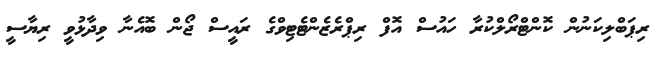
ރިޕަބްލިކަނުން ކޮންޓްރޯލްކުރާ ހައުސް އޮފް ރިޕްރެޒެންޓެޓިވްގެ ރައީސް ޖޯން ބޮއެނާ ވިދާޅުވީ ރިޔާސީ